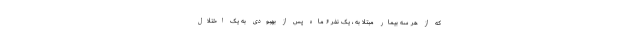
که از هر سه بیمار مبتلا به ، یک نفر ۶ ماه پس از بهبودی به یک اختلال